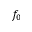
f _ { 0 }